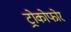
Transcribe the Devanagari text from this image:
ट्रोकोफोर